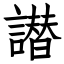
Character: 譛